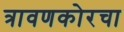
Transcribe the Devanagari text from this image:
त्रावणकोरचा